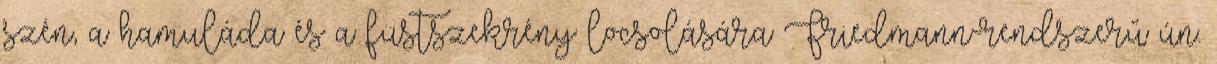
szén, a hamuláda és a füstszekrény locsolására Friedmann-rendszerű ún.